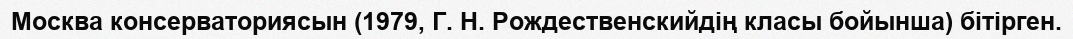
Москва консерваториясын (1979, Г. Н. Рождественскийдің класы бойынша) бітірген.